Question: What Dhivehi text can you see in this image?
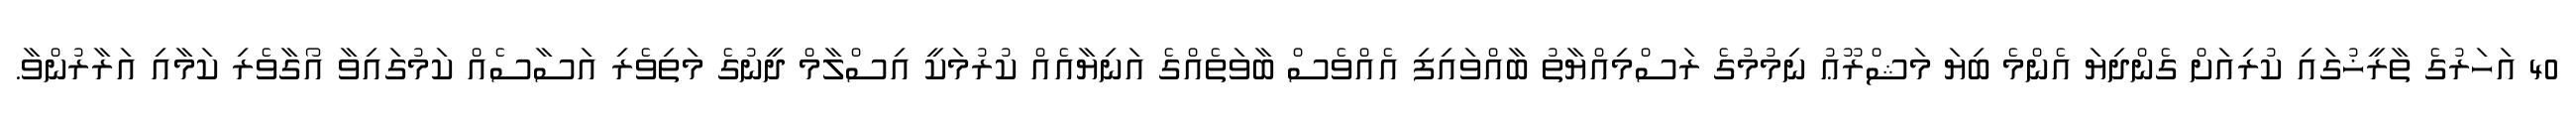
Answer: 40 އަހަރުގެ ތާރީޚުގައި ކުރިއަށް ގެންދިޔަ އެންމެ ބިޔަ މަޝްރޫޢު ނިމުމުގެ ރަސްމިއްޔާތު ބާއްވައިފި އެއްވެސް ބާވަތެއްގެ އަނިޔާއެއް ކުރުމަކީ އިސްލާމް ދީނުގެ މަތިވެރި އަސާސެއް ކަމުގައިވާ އޯގާވެރި ކަމާއި އަރާރުންވާ.